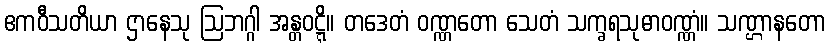
ဧကဝီသတိယာ ဌာနေသု ဩဘဂ္ဂါ အန္တဝဋ္ဋိ။ တဒေတံ ဝဏ္ဏတော သေတံ သက္ခရသုဓာဝဏ္ဏံ။ သဏ္ဌာနတော